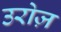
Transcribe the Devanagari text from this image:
उरोज़